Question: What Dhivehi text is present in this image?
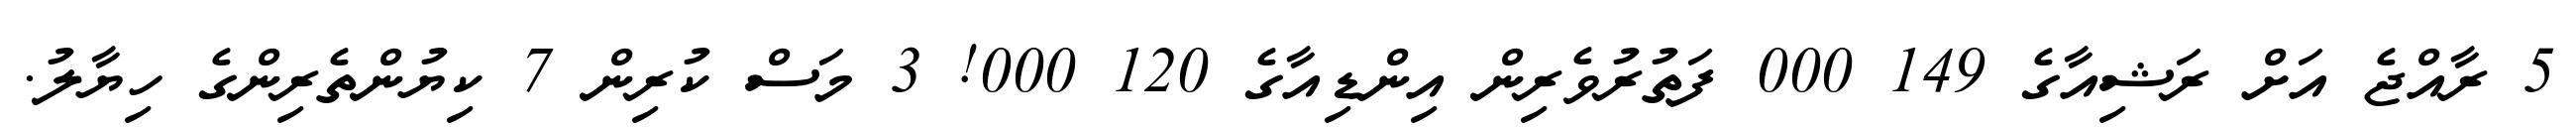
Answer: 5 ރާއްޖެ އަށް ރަޝިއާގެ 149 000 ފަތުރުވެރިން އިންޑިއާގެ 120 000! 3 މަސް ކުރިން 7 ކިޔުންތެރިންގެ ހިޔާލު.